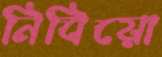
নিবিয়ো